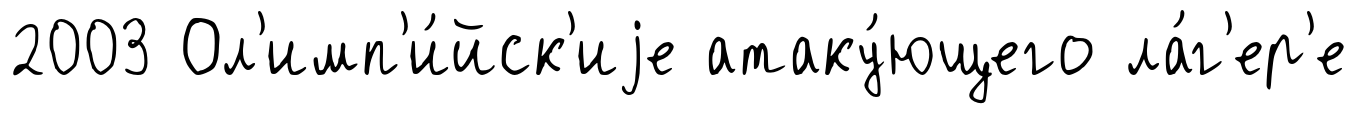
2003 Ол'имп'и́йск'иjе атаку́ющего ла́г'ер'е